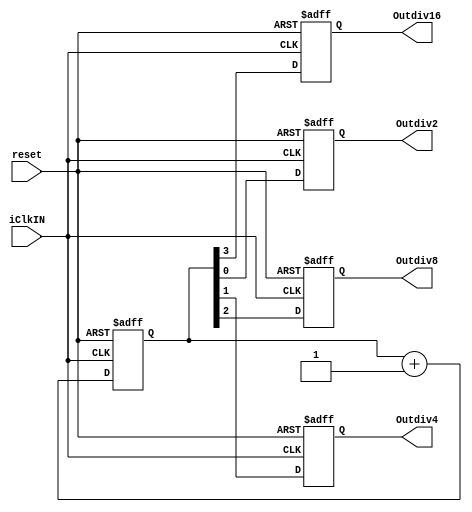
/*
	Ivan I. Ovchinnikov
	last upd.: 2016.02.10
*/

module divReg
(
	input reset,
	input iClkIN,			// whatever clock
	output reg Outdiv2,			// divided by 2 
	output reg Outdiv4,			// divided by 4
	output reg Outdiv8,			// divided by 8
	output reg Outdiv16			// divided by 16
);

reg [3:0] clk=0;

always @(negedge iClkIN or negedge reset)
if (~reset)
	clk <= 0;
else 
	clk<=clk+1'b1;				// always count 4-digit binary: 0..15

always @(posedge iClkIN or negedge reset) begin
	if (~reset) begin
		Outdiv2<=0;
		Outdiv4<=0;
		Outdiv8<=0;
		Outdiv16<=0;
	end else begin
		Outdiv2 <= clk[0];	// syncronous outputs
		Outdiv4 <= clk[1];
		Outdiv8 <= clk[2];
		Outdiv16 <= clk[3];
	end
end
endmodule